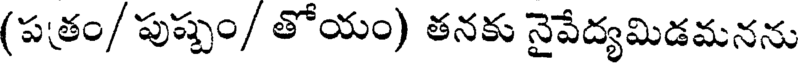
(పత్రం/ పుష్పం/ తోయం) తనకు నైవేద్యమిడమనను